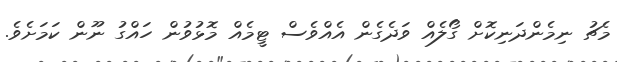
މެޗު ނިމެންދަނިކޮށް ގޯލެއް ވަދެގެން އެއްވެސް ޓީމެއް މޮޅުވުން ހައްގު ނޫން ކަމަށެވެ.